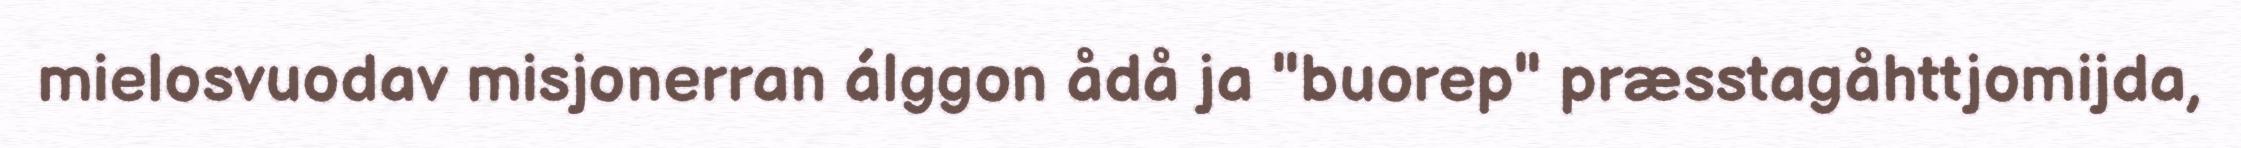
mielosvuodav misjonerran álggon ådå ja "buorep" præsstagåhttjomijda,